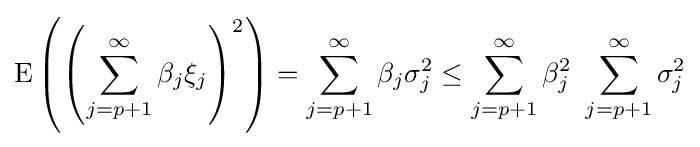
{\text{E}}\left(\left(\sum _{j=p+1}^{\infty }\beta _{j}\xi _{j}\right)^{2}\right)=\sum _{j=p+1}^{\infty }\beta _{j}\sigma _{j}^{2}\leq \sum _{j=p+1}^{\infty }\beta _{j}^{2}\ \sum _{j=p+1}^{\infty }\sigma _{j}^{2}